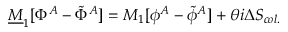
{ \underline { { M } } } _ { 1 } [ \Phi ^ { A } - \tilde { \Phi } ^ { A } ] = M _ { 1 } [ \phi ^ { A } - \tilde { \phi } ^ { A } ] + \theta i \Delta S _ { c o l . }